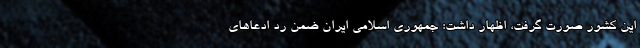
این کشور صورت گرفت، اظهار داشت: جمهوری اسلامی ایران ضمن رد ادعاهای